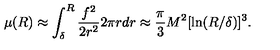
\mu ( R ) \approx \int _ { \delta } ^ { R } { \frac { f ^ { 2 } } { 2 r ^ { 2 } } } 2 \pi r d r \approx { \frac { \pi } { 3 } } M ^ { 2 } [ \ln ( R / \delta ) ] ^ { 3 } .